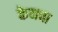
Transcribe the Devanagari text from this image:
केनचा